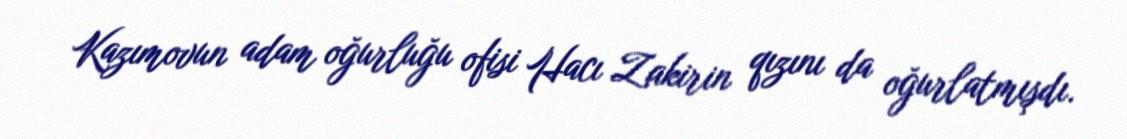
Kazımovun adam oğurluğu ofisi Hacı Zakirin qızını da oğurlatmışdı.